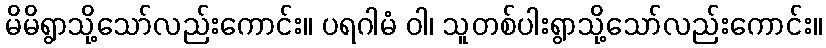
မိမိရွာသို့သော်လည်းကောင်း။ ပရဂါမံ ဝါ၊ သူတစ်ပါးရွာသို့သော်လည်းကောင်း။